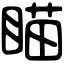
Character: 瞄